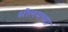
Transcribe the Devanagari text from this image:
सीलमच्या